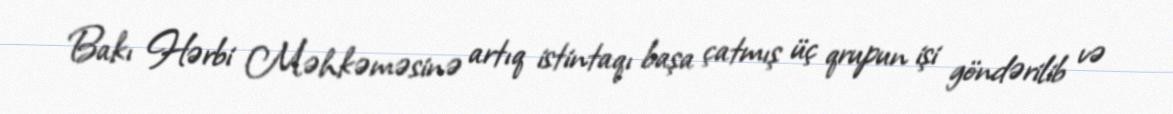
Bakı Hərbi Məhkəməsinə artıq istintaqı başa çatmış üç qrupun işi göndərilib və